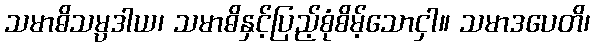
သမာဓိသမ္ပဒါယ၊ သမာဓိနှင့်ပြည့်စုံစိမ့်သောငှါ။ သမာဒပေတိ၊